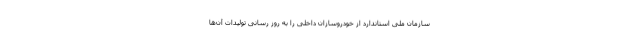
سازمان ملی استاندارد از خودروسازان داخلی را به روز رسانی تولیدات آن‌ها